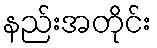
နည်းအတိုင်း